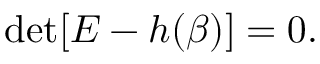
\begin{array} { r } { \operatorname* { d e t } [ E - h ( \beta ) ] = 0 . } \end{array}